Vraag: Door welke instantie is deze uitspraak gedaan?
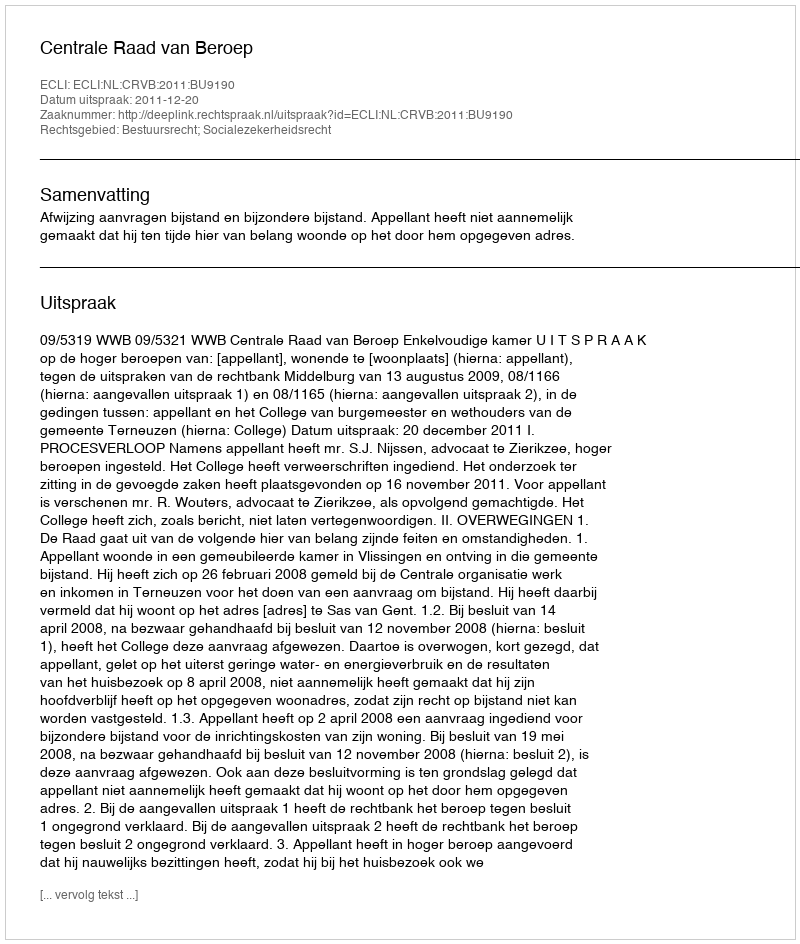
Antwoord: Centrale Raad van Beroep